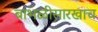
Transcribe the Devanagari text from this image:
बाभळीसारखाच